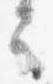
言